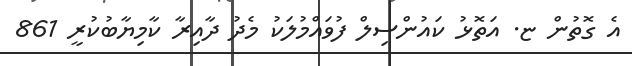
އެ ގޮތުން ޏ. އަތޮޅު ކައުންސިލް ފުވައްމުލަކު މެދު ދާއިރާ ކާމިޔާބުކުރީ 861